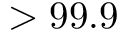
> 9 9 . 9 \